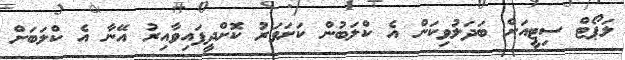
ލަޕޯޓް ސިޓީއަށް ބަދަލުވިކަން އެ ކްލަބުން ކަށަވަރު ކޮށްދީފައިވާއިރު އޭނާ އެ ކްލަބަށް